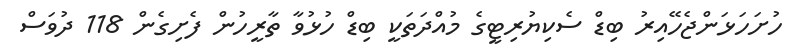
ހުށަހަޅަންޖެހޭއިރު ބިޑް ސެކިޔުރިޓީގެ މުއްދަތަކީ ބިޑް ހުޅުވާ ތާރީހުން ފެށިގެން 118 ދުވަސް